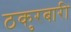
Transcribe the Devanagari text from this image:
ठकुरबारी